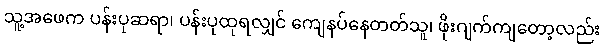
သူ့အဖေက ပန်းပုဆရာ၊ ပန်းပုထုရလျှင် ကျေနပ်နေတတ်သူ၊ ဖိုးဂျက်ကျတော့လည်း